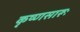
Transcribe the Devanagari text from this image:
कृष्‍णसारूः